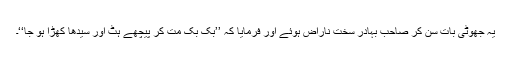
یہ جھوٹی بات سن کر صاحب بہادر سخت ناراض ہوئے اور فرمایا کہ ’’بک بک مت کر پیچھے ہٹ اور سیدھا کھڑا ہو جا‘‘۔